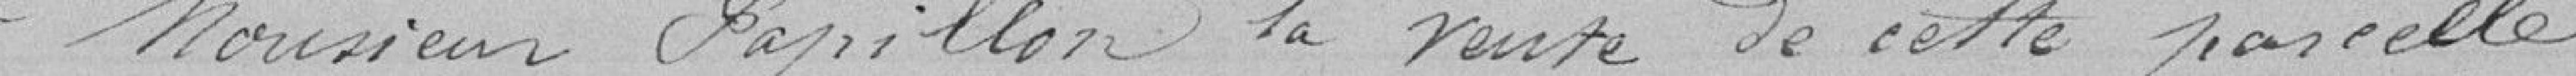
à monsieur Paillon la vente de cette parcelle